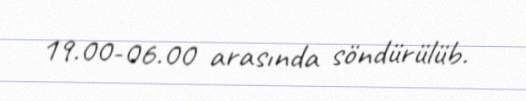
19.00-06.00 arasında söndürülüb.